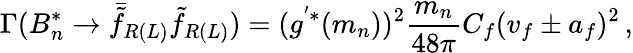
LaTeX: \Gamma(B_{n}^{*}\rightarrow\bar{\tilde{f}}_{R(L)}\tilde{f}_{R(L)})=(g^{'*}(m_{n}))^{2}\frac{m_{n}}{48\pi}C_{f}(v_{f}\pm a_{f})^{2}\, ,